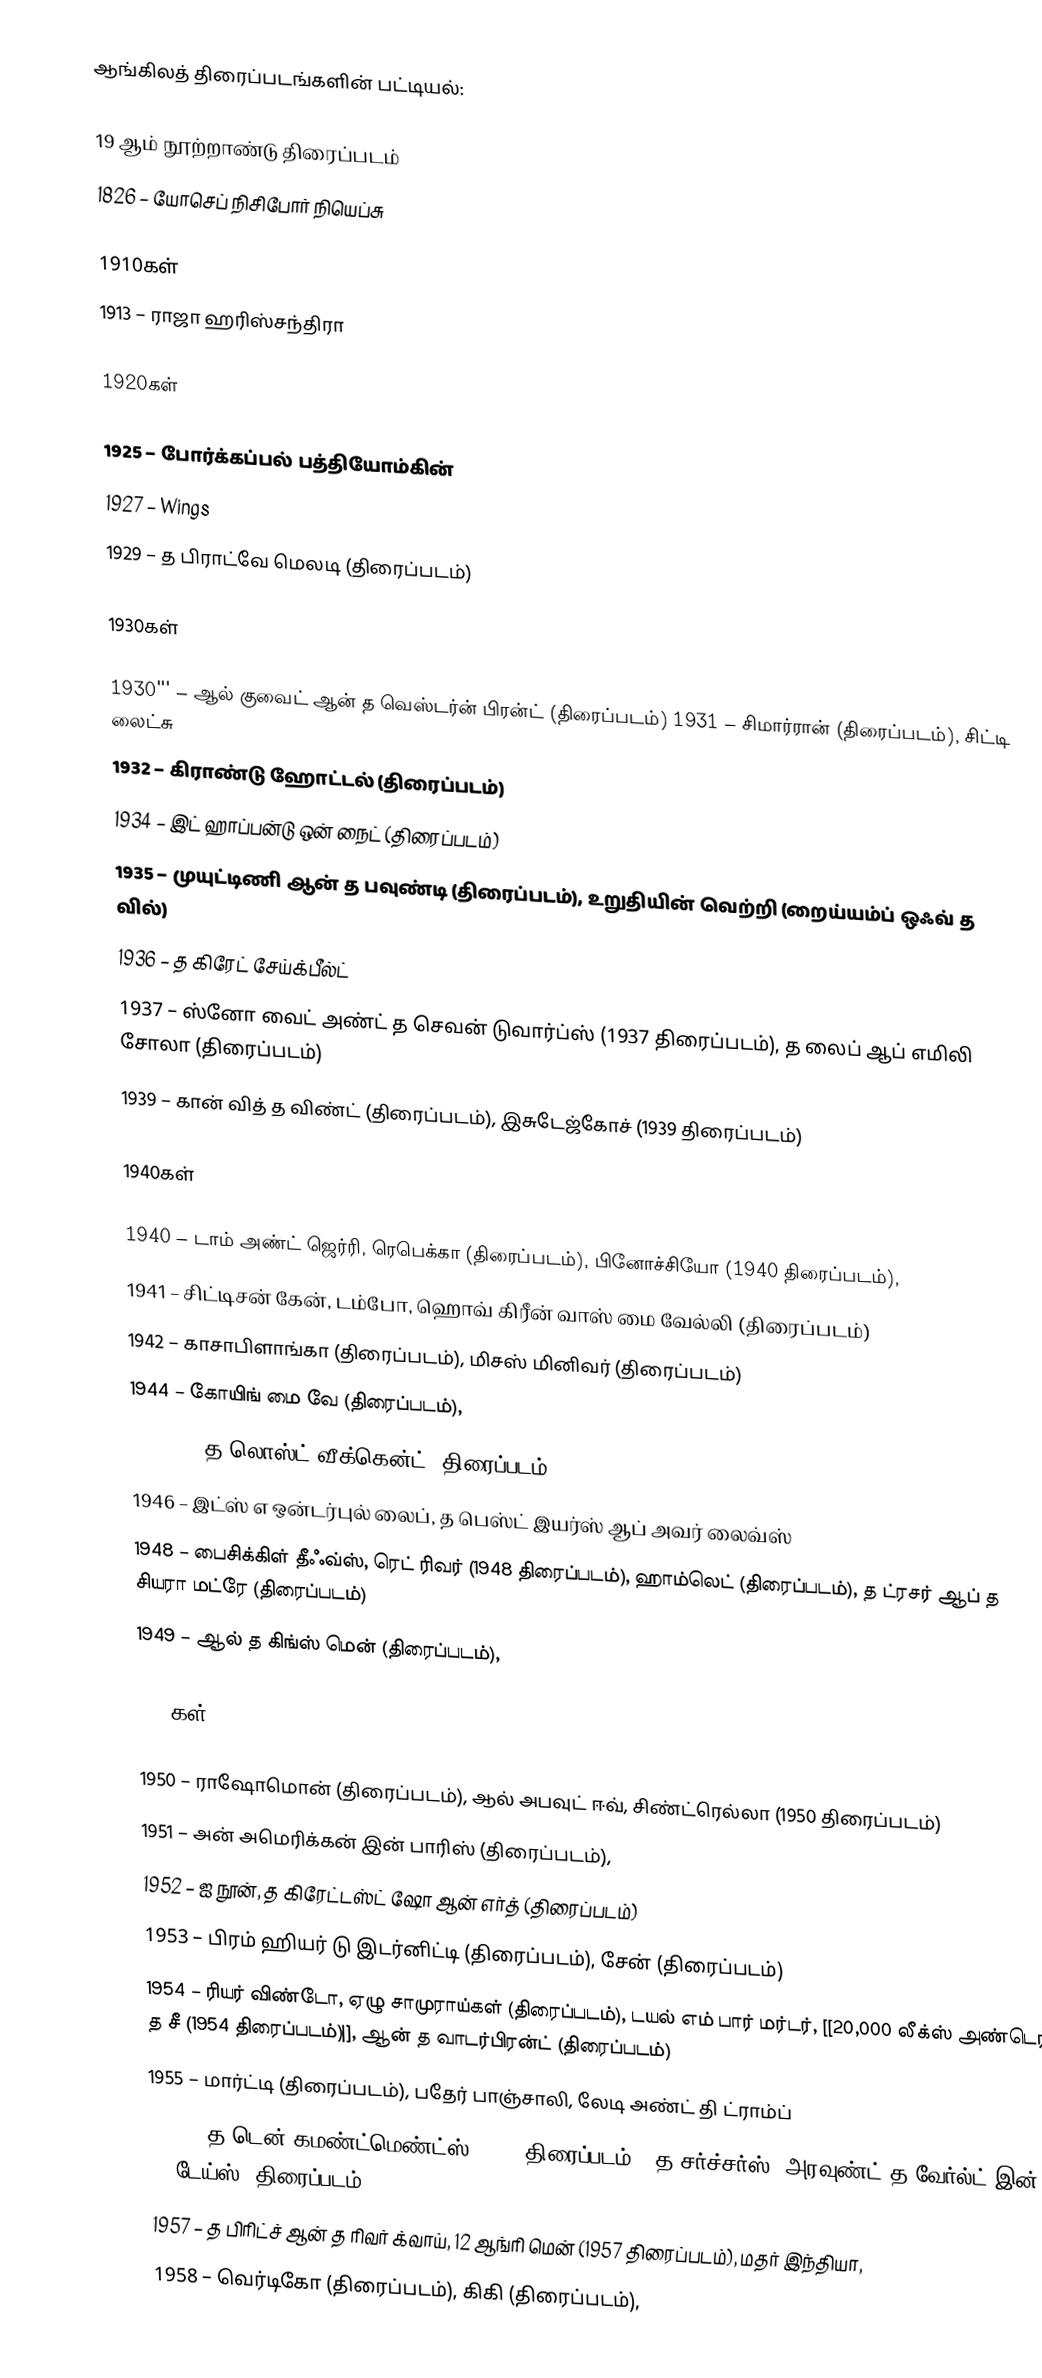
ஆங்கிலத் திரைப்படங்களின் பட்டியல்:

19 ஆம் நூற்றாண்டு திரைப்படம்
 1826 – யோசெப் நிசிபோர் நியெப்சு

1910கள்
 1913 – ராஜா ஹரிஸ்சந்திரா

1920கள்

 1925 – போர்க்கப்பல் பத்தியோம்கின்
 1927 –  Wings
 1929 – த பிராட்வே மெலடி (திரைப்படம்)

 1930கள்

 1930''' – ஆல் குவைட் ஆன் த வெஸ்டர்ன் பிரன்ட் (திரைப்படம்) 1931 – சிமார்ரான் (திரைப்படம்), சிட்டி லைட்சு
 1932 – கிராண்டு ஹோட்டல் (திரைப்படம்)
 1934 – இட் ஹாப்பன்டு ஒன் நைட் (திரைப்படம்)
 1935 – முயுட்டிணி ஆன் த பவுண்டி (திரைப்படம்), உறுதியின் வெற்றி (றைய்யம்ப் ஒஃவ் த வில்)
 1936 –  த கிரேட் சேய்க்பீல்ட்
 1937 – ஸ்னோ வைட் அண்ட் த செவன் டுவார்ப்ஸ் (1937 திரைப்படம்), த லைப் ஆப் எமிலி சோலா (திரைப்படம்)
 1939 – கான் வித் த விண்ட் (திரைப்படம்), இசுடேஜ்கோச் (1939 திரைப்படம்)

 1940கள்

 1940 –  டாம் அண்ட் ஜெர்ரி, ரெபெக்கா (திரைப்படம்), பினோச்சியோ (1940 திரைப்படம்),
 1941 – சிட்டிசன் கேன்,  டம்போ, ஹொவ் கிரீன் வாஸ் மை வேல்லி (திரைப்படம்)
 1942 – காசாபிளாங்கா (திரைப்படம்), மிசஸ் மினிவர் (திரைப்படம்)
 1944 – கோயிங் மை வே (திரைப்படம்),
 1945 – , த லொஸ்ட் வீக்கென்ட் (திரைப்படம்),
 1946 – இட்ஸ் எ ஒன்டர்புல் லைப்,  த பெஸ்ட் இயர்ஸ் ஆப் அவர் லைவ்ஸ்
 1948 – பைசிக்கிள் தீஃவ்ஸ், ரெட் ரிவர் (1948 திரைப்படம்), ஹாம்லெட் (திரைப்படம்), த ட்ரசர் ஆப் த சியரா மட்ரே (திரைப்படம்)
 1949 –  ஆல் த கிங்ஸ் மென் (திரைப்படம்),

 1950கள்

 1950 – ராஷோமொன் (திரைப்படம்), ஆல் அபவுட் ஈவ், சிண்ட்ரெல்லா (1950 திரைப்படம்)
 1951 – அன் அமெரிக்கன் இன் பாரிஸ் (திரைப்படம்),
 1952 –  ஐ நூன்,  த கிரேட்டஸ்ட் ஷோ ஆன் எர்த் (திரைப்படம்)
 1953 –  பிரம் ஹியர் டு இடர்னிட்டி (திரைப்படம்), சேன் (திரைப்படம்)
 1954 –  ரியர் விண்டோ, ஏழு சாமுராய்கள் (திரைப்படம்), டயல் எம் பார் மர்டர், [[20,000 லீக்ஸ் அண்டெர் த சீ (1954 திரைப்படம்)|],  ஆன் த வாடர்பிரன்ட் (திரைப்படம்)
 1955 –  மார்ட்டி (திரைப்படம்), பதேர் பாஞ்சாலி,  லேடி அண்ட் தி ட்ராம்ப்
 1956 – த டென் கமண்ட்மெண்ட்ஸ் (1956 திரைப்படம்), த சர்ச்சர்ஸ்,  அரவுண்ட் த வேர்ல்ட் இன் 80 டேய்ஸ் (திரைப்படம்),
 1957 – த பிரிட்ச் ஆன் த ரிவர் க்வாய், 12 ஆங்ரி மென் (1957 திரைப்படம்), மதர் இந்தியா,
 1958 – வெர்டிகோ (திரைப்படம்), கிகி (திரைப்படம்),